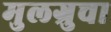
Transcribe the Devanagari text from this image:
मुलग्रुचा